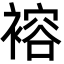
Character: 褣